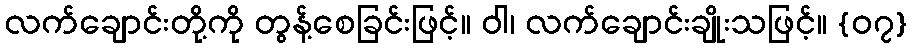
လက်ချောင်းတို့ကို တွန့်စေခြင်းဖြင့်။ ဝါ၊ လက်ချောင်းချိုးသဖြင့်။ {၀၇}